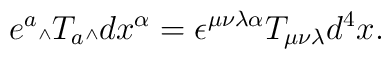
e^a\mbox{\tiny $\wedge$} T_a \mbox{\tiny $\wedge$} dx^{\alpha} = \epsilon^{\mu \nu \lambda \alpha} T_{\mu \nu \lambda} d^4x.